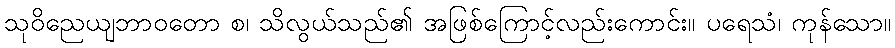
သုဝိညေယျဘာဝတော စ၊ သိလွယ်သည်၏ အဖြစ်ကြောင့်လည်းကောင်း။ ပရေသံ၊ ကုန်သော။